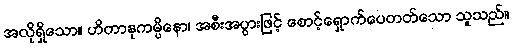
အလိုရှိသော။ ဟိတာနုကမ္ပိနော၊ အစီးအပွားဖြင့် စောင့်ရှောက်ပေတတ်သော သူသည်။